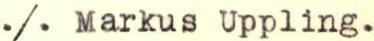
./. Markus Uppling.